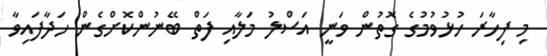
މި ފިހާރަ ހުޅުވުމުގެ ގޮތުން ވަނީ އަސްލު މަލާއި ފަތް ބޭނުންކޮށްގެން ހަދާފައިވާ